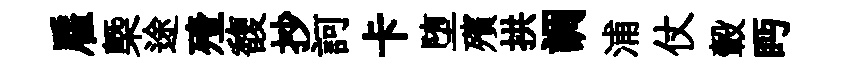
雇槩途殪馥抄訶卡堕殯拱調浦仗轂眄